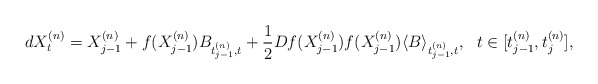
\begin{align*}dX_t^{(n)}=X_{j-1}^{(n)} + f(X_{j-1}^{(n)}) B_{t^{(n)}_{j-1},t} +\frac12 Df(X_{j-1}^{(n)})f(X_{j-1}^{(n)})\langle B\rangle_{t_{j-1}^{(n)},t}, \ \ t\in [t_{j-1}^{(n)},t_{j}^{(n)}],\end{align*}